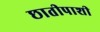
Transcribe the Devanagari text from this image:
छातीपाशी